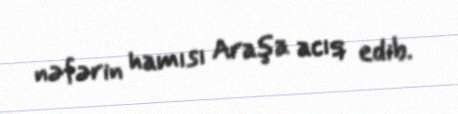
nəfərin hamısı Araşa acıq edib.